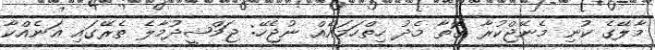
މާލޭގެ ކުނި މެނޭޖްކުރާ ގޮތާ މެދު ހިތްހަމައެއް ނުޖެހޭ: ޖަމްޝީދުމާލެ ތެރޭގައި އަނެއްކާ